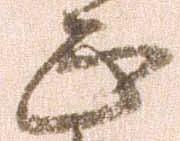
正